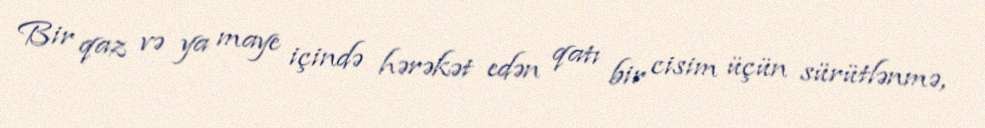
Bir qaz və ya maye içində hərəkət edən qatı bir cisim üçün sürütlənmə,